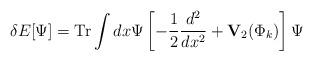
LaTeX: \begin{align*}\delta E [\Psi ] = {\rm Tr} \int dx \Psi \left [ - {1\over 2}{{d^2}\over {dx^2}} + {\bf V}_2 (\Phi_k ) \right ] \Psi\end{align*}